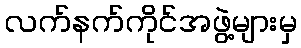
လက်နက်ကိုင်အဖွဲ့များမှ